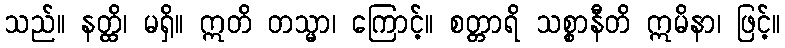
သည်။ နတ္ထိ၊ မရှိ။ ဣတိ တသ္မာ၊ ကြောင့်။ စတ္တာရိ သစ္စာနီတိ ဣမိနာ၊ ဖြင့်။